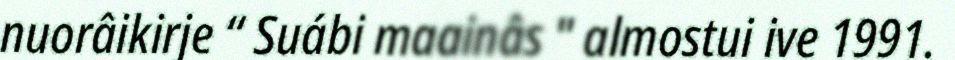
nuorâikirje “ Suábi maainâs " almostui ive 1991.